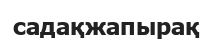
садақжапырақ